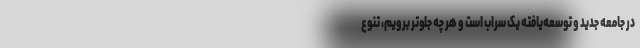
در جامعه جدید و توسعه‌یافته یک سراب است و هر چه جلوتر برویم، تنوع